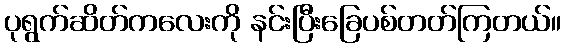
ပုရွက်ဆိတ်ကလေးကို နင်းပြီးခြေပစ်တတ်ကြတယ်။